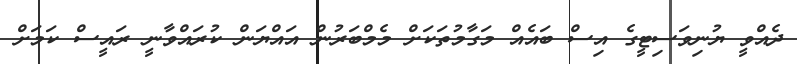
ދެއްވީ ޔުނިވަސިޓީގެ އިސް ބައެއް މަގާމުތަކަށް މެމްބަރުން އައްޔަން ކުރައްވާނީ ރައީސް ކަމަށް